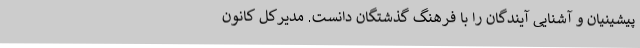
پیشینیان و آشنایی آیندگان را با فرهنگ گذشتگان دانست. مدیرکل کانون